Medical and sanitary report of the native army of Bengal for the year
Year: 1874
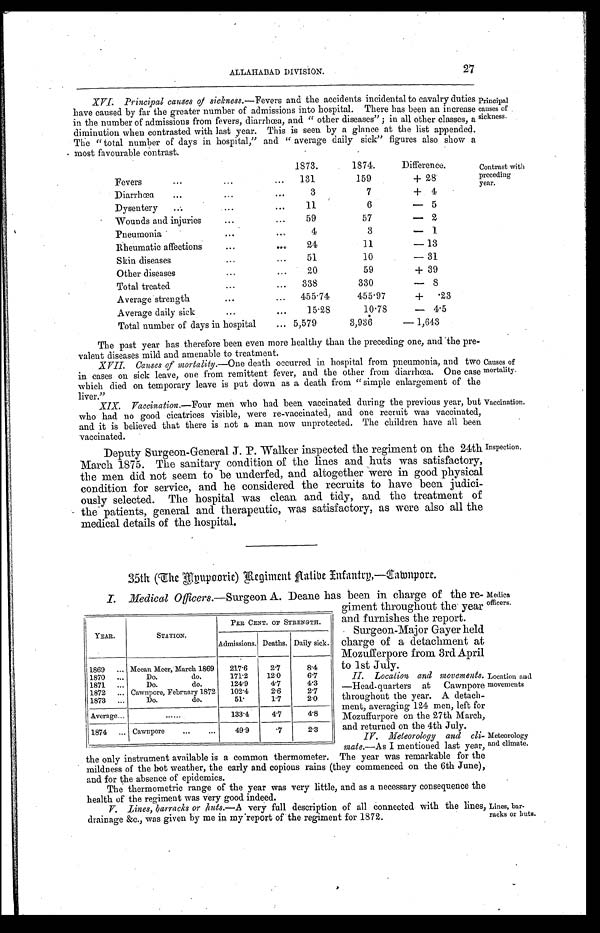
27
ALLAHABAD DIVISION.
XVI: Principal causes of sickness.— Fevers and the accidents incidental to cavalry duties
have caused by far the greater number of admissions into hospital. There has been an increase
in the number of admissions from fevers, diarrhœa, and "other diseases" ; in all other classes, a
diminution when contrasted with last year. This is seen by a glance at the list appended.
The "total number of days in hospital," and "average daily sick" figures also show a
most favourable contrast.
Principal
causes of
sickness.
1873.
1874.
Difference.
Fevers . . .
1 3 1
159
+ 2 8
Diarrhœa . . .
3
7
+ 4
Dysentery . . .
11
6
- 5
Wounds and injuries . . .
59
57
-2
Pneumonia . . .
4
3
-1
Rheumatic affections . . .
24
11
- 1 3
Skin diseases . . .
51
10
- 3 1
Other diseases . . .
20
59
+ 3 9
Total treated . . .
338
330
-8
Average strength . . .
455.74
455.97
+.23
Average daily sick . . .
15.28
10.78
-4.5
Total number of days in hospital . . . 5,579
3,936
-1,643
Contrast with
preceding
year.
The past year has therefore been even more healthy than the preceding one, and the pre
-
valent diseases mild and amenable to treatment.
XVII. Causes of mortality.— One death occurred. in hospital from pneumonia, and two
in cases on sick leave, one from remittent fever, and the other from diarrhœa. One case
which died on temporary leave is put down as a death from "simple enlargement of the
liver."
XIX. Vaccination.—Four men who had been vaccinated during the previous year, but
who had no good cicatrices visible, were re-vaccinated, and one recruit was vaccinated,
and it is believed that there is not a man now unprotected. The children have all been
vaccinated.
Deputy Surgeon-General J. P. Walker inspected the regiment on the 24th
March 1875. The sanitary condition of the lines and huts was satisfactory,
the men did. not seem to be underfed, and altogether were in good physical
condition for service, and he considered the recruits to have been judici
-
ously selected. The hospital was clean and tidy, and the treatment of
the patients, general and therapeutic, was satisfactory, as were also all the
medical details of the hospital.
Causes of
mortality.
Vaccination.
Inspection.
35th (The Mpupoorie) Regiment Latibe Infantry,—Dawnpore.
I. Medical Officers.—Surgeon A. Deane has been in charge of the re
-
giment throughout the year
and furnishes the report.
Surgeon-Major Gayer held
charge of a detachment at
Mozufferpore from 3rd April
to 1st July.
II. Location and movements.
—Head-quarters at Cawnpore
throughout the year. A detach
-
ment, averaging 124 men, left for
Mozuffurpore on the 27th March,
and returned on the 4th July.
IV. Meteorology and cli
-
mate.—As I mentioned last year,
the only instrument available is a common thermometer. The year was remarkable for the
mildness of the hot weather, the early and copious rains (they commenced on the 6th June),
and for the absence of epidemics.
The thermometric range of the year was very little, and as a necessary consequence the
health of the regiment was very good indeed.
V. Lines, barracks or huts.— A very full description of all connected with the lines,
drainage &c., was given by me in my report of the regiment for 1872.
YEAR.
STATION.
PER CENT. OF STRENGTH.
Admissions. Deaths. Daily sick.
1869 . . . Meean Meer, March 1869
217.6
2.7
8.4
1870 . . .
Do.
d o . . . .
171.2
12.0
6.7
1871 . . .
Do.
d o . . . .
124.9
4.7
4.3
1872 . . . Cawnpore, February 1872 . . .
102.4
2.6
2.7
1873 . . .
Do.
d o . . . .
5 1 .
1.7
2.0
Average . . .
. . .
133.4
4.7
4.8
1874
. . . Cawnpore . . .
49.9
.7
2.3
Medical
Officers.
Location and
movements
Meteorology
and climate.
Lines, bar
-
racks or huts.